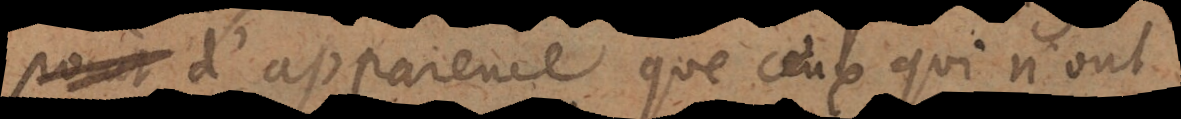
pas d’apparence que ceux qui n’ont